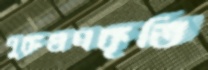
পুরুষপ্রকৃতি